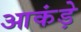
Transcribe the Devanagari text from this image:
आकंड़े